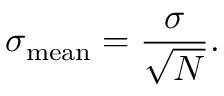
\sigma _ { \mathrm { m e a n } } = { \frac { \sigma } { \sqrt { N } } } .